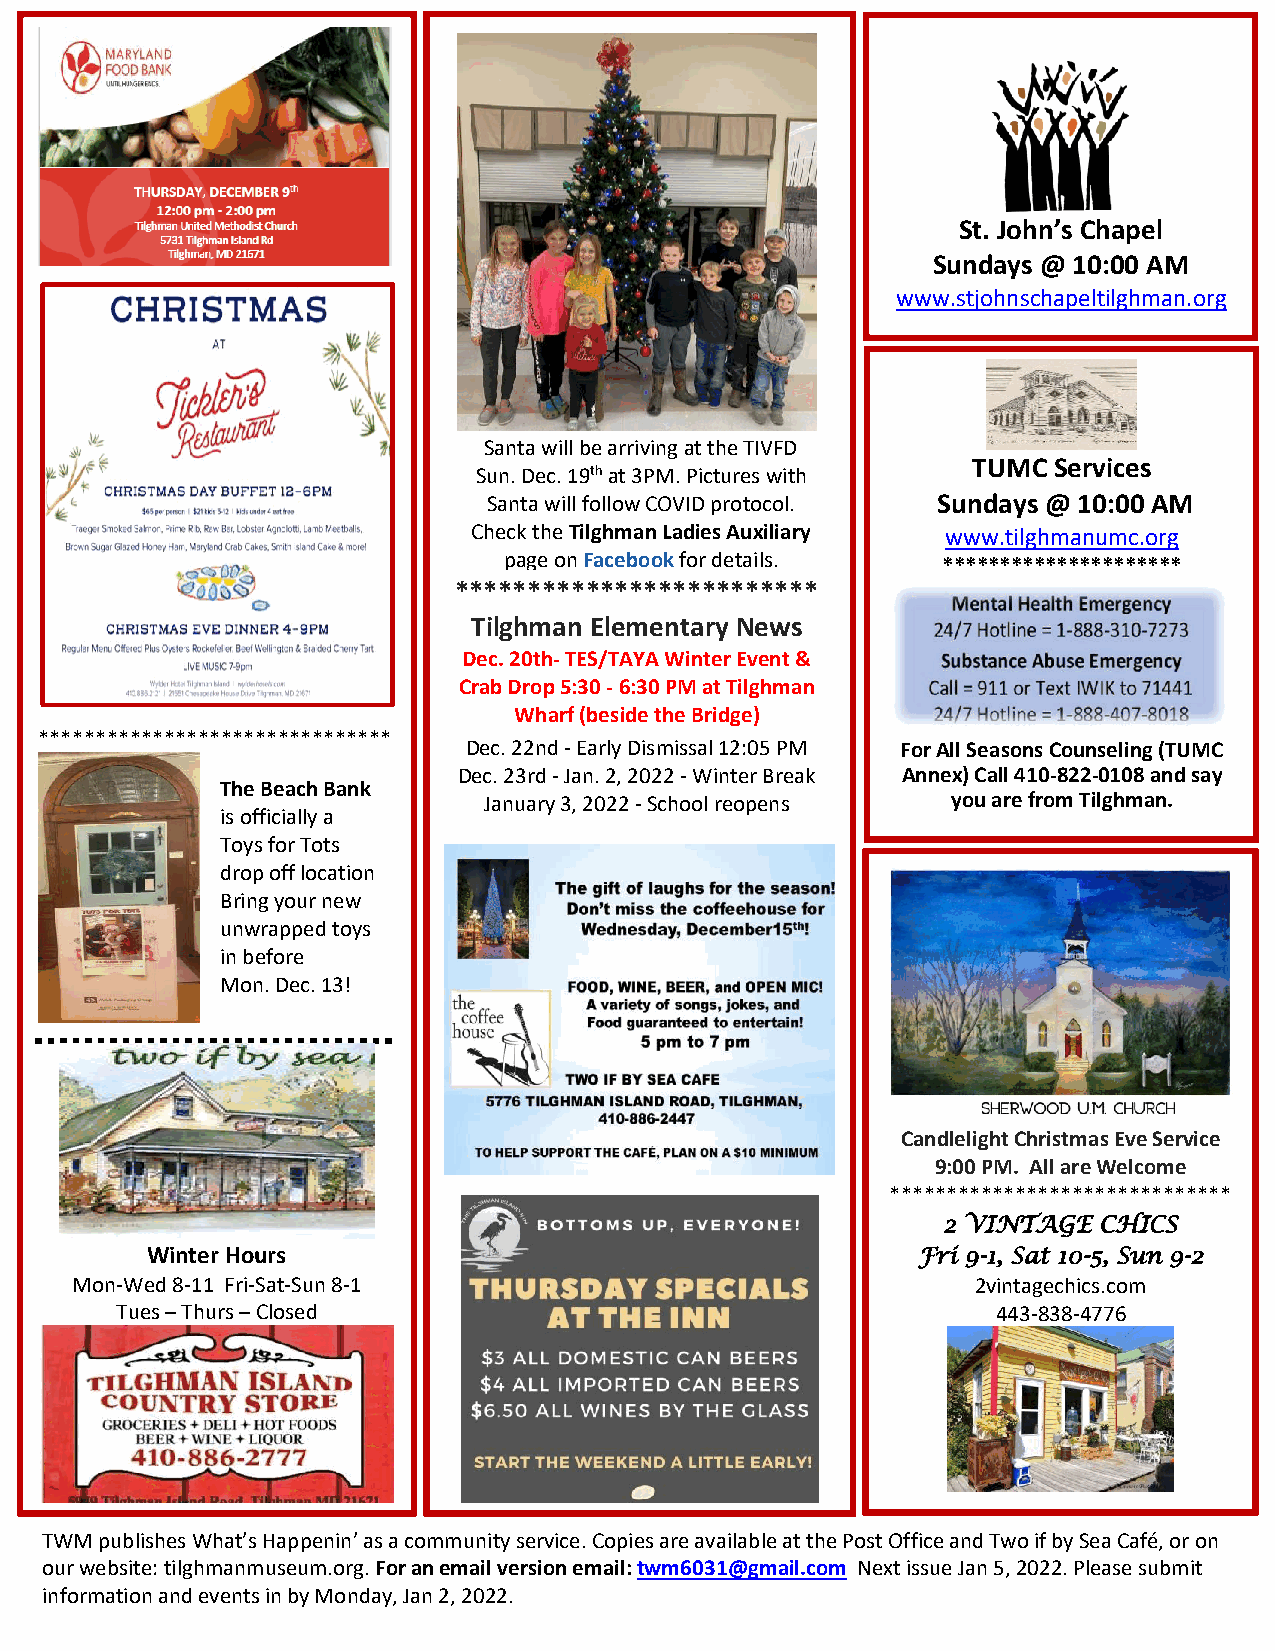
u
 St. John’s Chapel
 Sundays @ 10:00 AM
 www.stjohnschapeltilghman.org
 Santa will be arri ving at the TIVFD
 Sun. Dec. 19th at 3 PM. Pictures with
 TUMC  Services
 Santa will follow COVID protocol. Sundays @ 10:00 AM
 Check the Tilghman Ladies Auxiliary www.tilghmanumc.org
 page on Facebook for details. *********************
 * ************************
 Tilghman Elementary News
 Dec. 20th- TES/TAYA Winter Event &
 Crab Drop 5:30 - 6:30 PM at Tilghman
 **************** ***************
 Wharf (besid e the Bridge)
 Dec. 22nd - Early Dismissal 12:05 PM For All Seasons Counseling (TUMC
 Dec. 23rd - Jan. 2, 2022 - Winter Break Annex) Call 410-822-0108 and say
 The Beach Bank
 January 3, 2022 - School reopens you are from Tilghman.
 is officially a
 Toys for Tots
 drop off location
 Bring your new
 unwrapped toys
 in before
 Mon. Dec. 13!
 Candlelight Christmas Eve Service
 9:00 PM. All are Welcome
 ******************************
 2 VINTAGE  CHICS
 Winter Hours                                       Fri 9-1, Sat 10-5, Sun 9-2
 Mon-Wed 8-11 Fri-Sat-Sun 8-1                                2vintagechics.com
 Tues – Thurs – Closed                                     443-838-4776
 TWM publishes What’s Happenin’ as a community service. Copies are available at the Post Office and Two if by Sea Café, or on
 our website: tilghm anmuseum.org. For an email version email: twm6031@gmail.com Next issue Jan 5, 2022. Please submit
 information and events in by Monday, Jan 2, 2022.